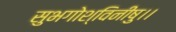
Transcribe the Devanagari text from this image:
सुभगोश्विनीषु।।